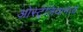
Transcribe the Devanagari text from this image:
ओस्ट्रेलियामध्ये